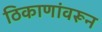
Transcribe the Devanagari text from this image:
ठिकाणांवरून